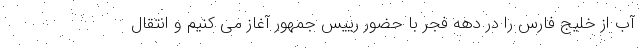
آب از خلیج فارس را در دهه فجر با حضور رییس جمهور آغاز می کنیم و انتقال